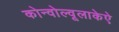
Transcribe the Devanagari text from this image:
कोन्वोल्वूलाकेऐ